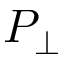
P _ { \perp }